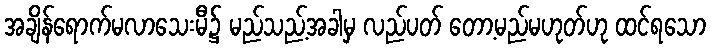
အချိန်ရောက်မလာသေးမီ၌ မည်သည့်အခါမှ လည်ပတ် တော့မည်မဟုတ်ဟု ထင်ရသော